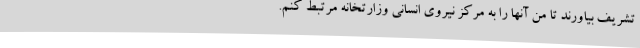
تشریف بیاورند تا من آنها را به مرکز نیروی انسانی وزارتخانه مرتبط کنم.